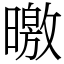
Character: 曒